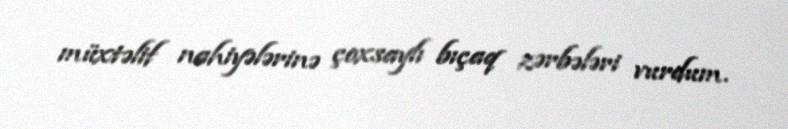
müxtəlif nahiyələrinə çoxsaylı bıçaq zərbələri vurdum.